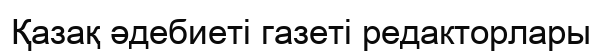
Қазақ әдебиеті газеті редакторлары